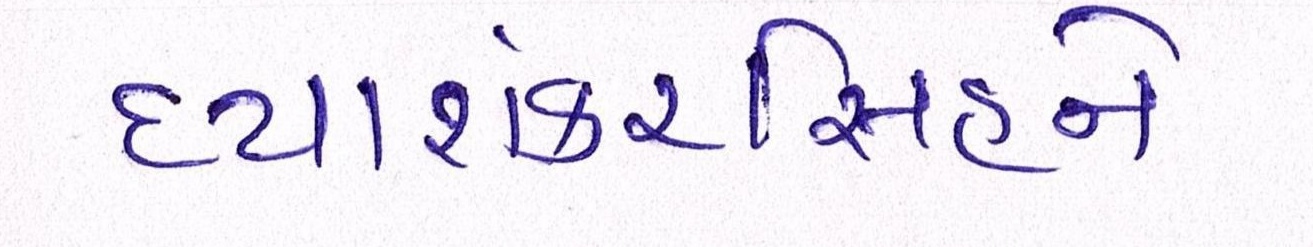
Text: દયાશંકરિંસહને